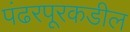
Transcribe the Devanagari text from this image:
पंढरपूरकडील